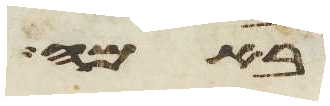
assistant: באמה